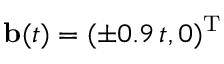
{ \mathbf b } ( t ) = ( \pm 0 . 9 \, t , 0 ) ^ { { \mathrm T } }